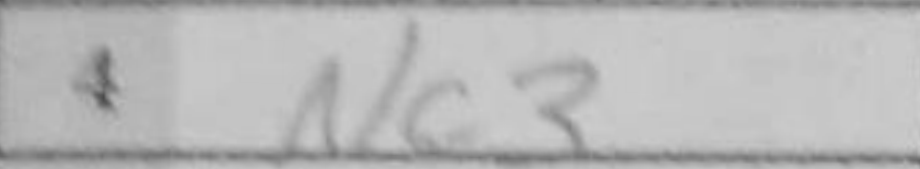
Transcription: Nc3